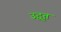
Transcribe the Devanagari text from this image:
उद्वृत्त